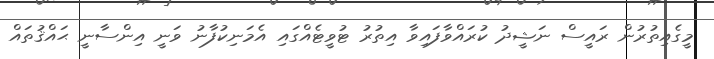
މީގެއިތުރުން ރައީސް ނަޝީދު ކުރައްވާފައިވާ އިތުރު ޓުވީޓެއްގައި އެމަނިކުފާނު ވަނީ އިންސާނީ ޙައްޤުތައް